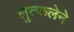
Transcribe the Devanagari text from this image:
लुत्फलेने